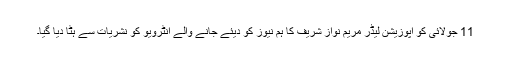
11 جولائی کو اپوزیشن لیڈر مریم نواز شریف کا ہم نیوز کو دیئے جانے والے انٹرویو کو نشریات سے ہٹا دیا گیا۔